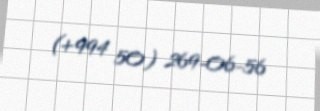
(+994 50) 269-06-56